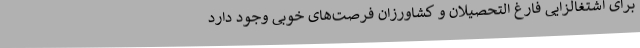
برای اشتغالزایی فارغ التحصیلان و کشاورزان فرصت‌های خوبی وجود دارد